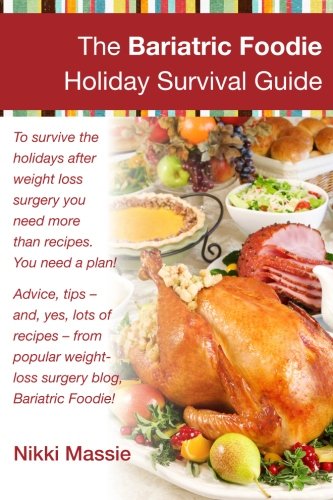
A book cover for The Bariatric Foodie Holiday Survival Guide; Nikki Massie; Cookbooks, Food & Wine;